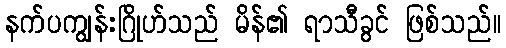
နက်ပကျွန်းဂြိုဟ်သည် မိန်၏ ရာသီခွင် ဖြစ်သည်။